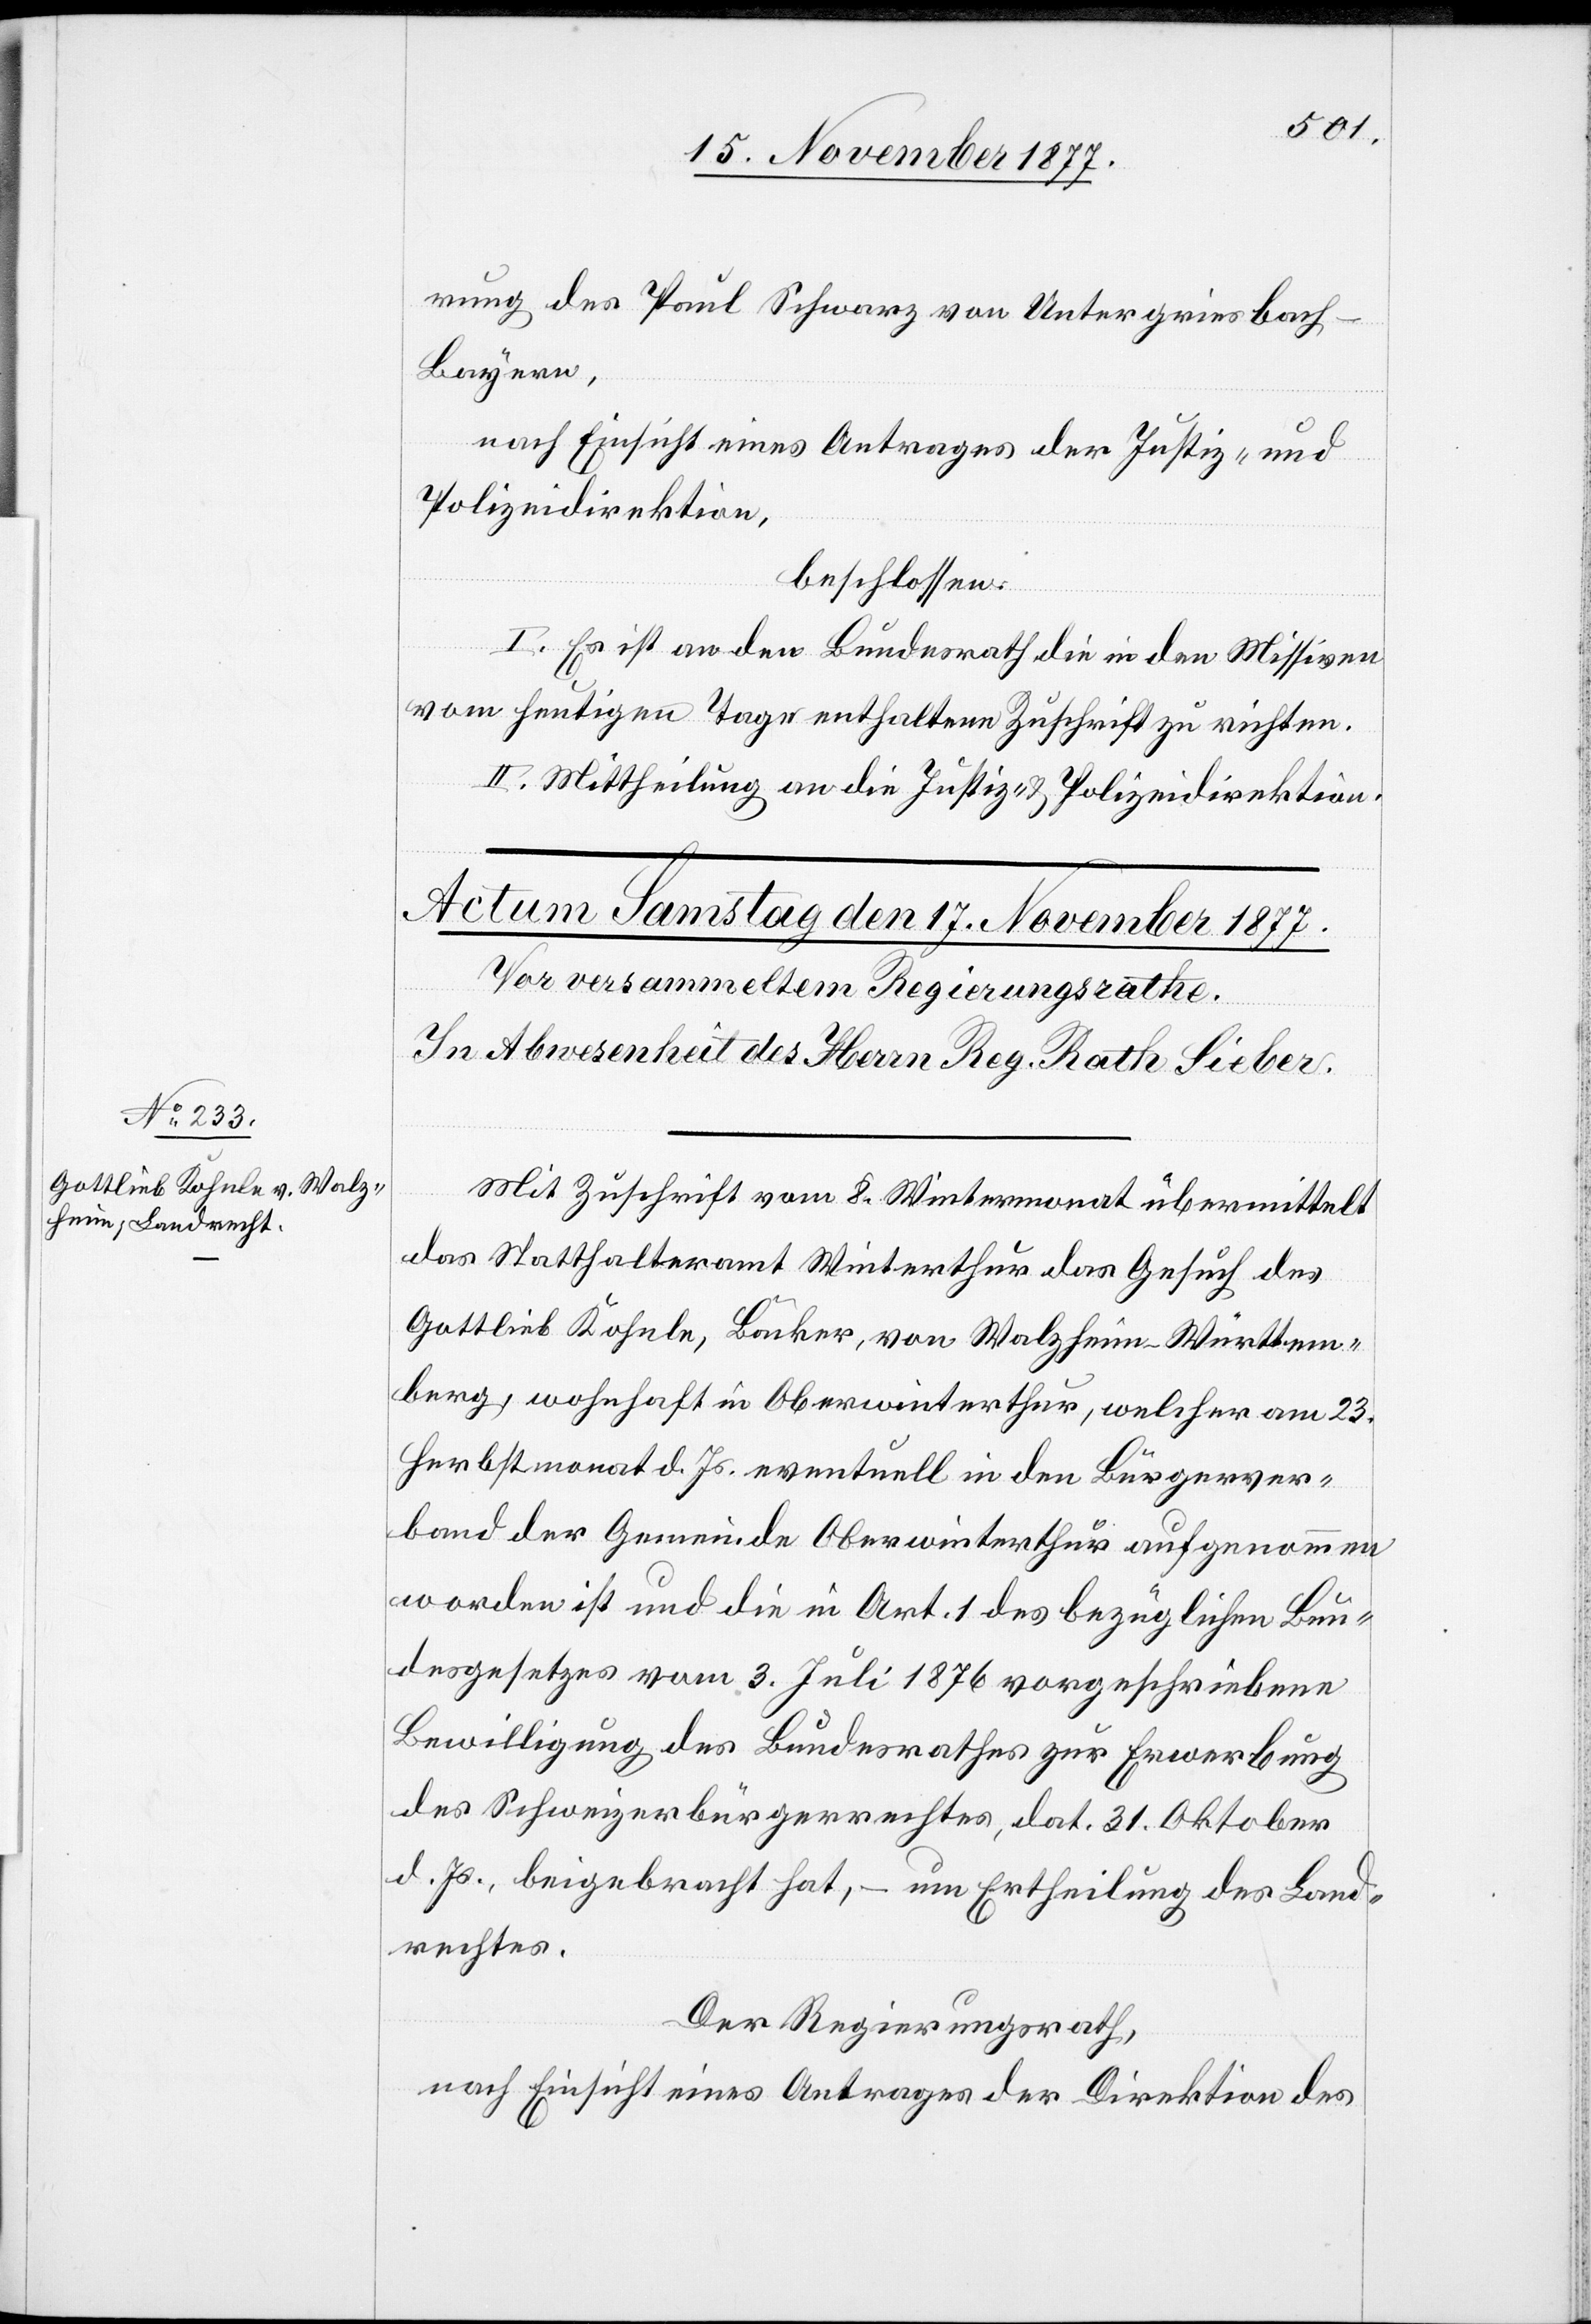
rung des Paul Schwarz von Untergriesbach
Bayern,
nach Einsicht eines Antrages der Justiz- und
Polizeidirektion,
beschlossen:
I. Es ist an den Bundesrath die in den Missiven
vom heutigen Tage enthaltene Zuschrift zu richten.
II. Mittheilung an die Justiz- & Polizeidirektion.
Mit Zuschrift vom 8. Wintermonat übermittelt
das Statthalteramt Winterthur das Gesuch des
Gottlieb Kohnle, Bäcker, von Walzheim - Württem¬
berg, wohnhaft in Oberwinterthur, welcher am 23.
Herbstmonat d. Js. eventuell in den Bürgerver¬
band der Gemeinde Oberwinterthur aufgenommen
worden ist und die in Art. 1 des bezüglichen Bun¬
desgesetzes vom 3. Juli 1876 vorgeschriebene
Bewilligung des Bundesrathes zur Erwerbung
des Schweizerbürgerrechtes, dat. 31. Oktober
d. Js., beigebracht hat, – um Ertheilung des Land¬
rechtes.
Der Regierungsrath,
nach Einsicht eines Antrages der Direktion des